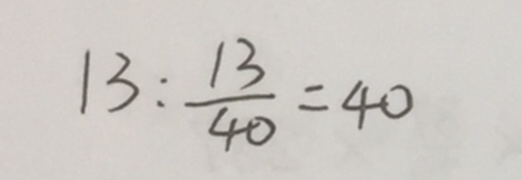
1 3 : \frac { 1 3 } { 4 0 } = 4 0